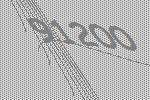
91200